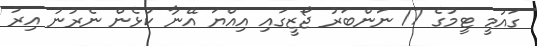
ގައުމީ ޓީމުގެ 17 ނަންބަރު ޖޯޒީގައި އިއްޔަ އޭނާ ކުޅެން ނެރުނު އިރު